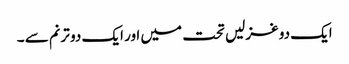
ایک دو غزلیں تحت میں اور ایک دو ترنم سے ۔